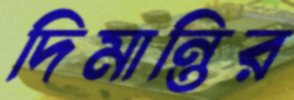
দিমান্তির